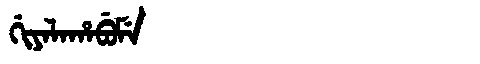
Manchu: ᡤᡳᠶᠠᠯᠠᡥᠠᠪᡠᠮᡝ
Romanization: GIYALAHABUME